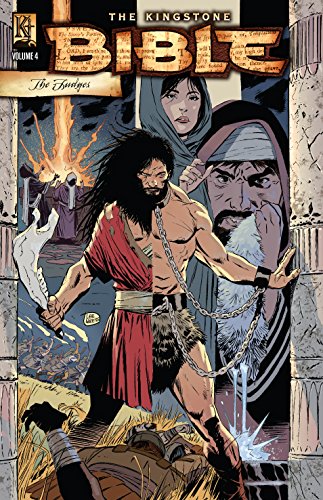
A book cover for The Kingstone Bible: Volume 4; Various Kingstone Authors; Comics & Graphic Novels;